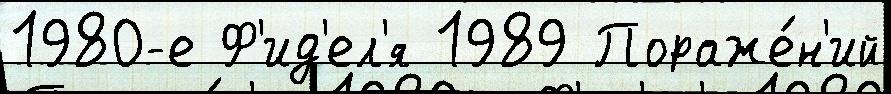
1980-е Ф'ид'ел'я 1989 Пораже́н'ий